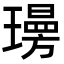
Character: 𭺄